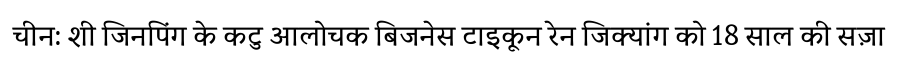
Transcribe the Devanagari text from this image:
चीन: शी जिनपिंग के कटु आलोचक बिजनेस टाइकून रेन जिक्यांग को 18 साल की सज़ा